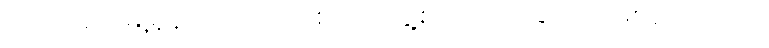
ငယ်သည့် မြူမှုန်ကလေးများစုပေါင်းဖွဲ့စည်းထားခြင်းပင်ဖြစ်လေသည်။